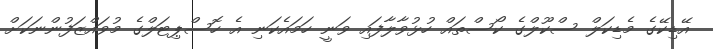
އޭޑިކޭގެ މެޑިކަލް ސްކޫލްގެ ކޯސްތައް ހުޅުވާލާފައި ވަނީ ހަމައެކަނި އެ ހޮސްޕިޓަލްގެ މުވައްޒަފުންނަކަށް